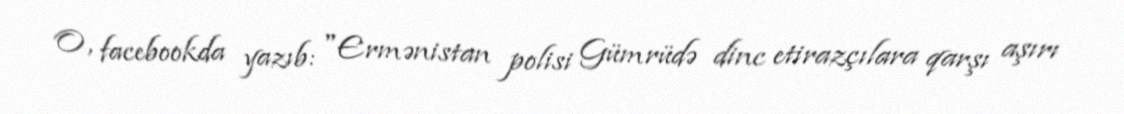
O, facebookda yazıb: "Ermənistan polisi Gümrüdə dinc etirazçılara qarşı aşırı